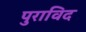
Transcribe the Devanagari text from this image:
पुराविद